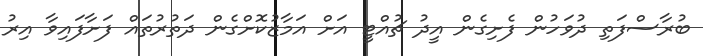
ބުރާސްފަތި ދުވަހުން ފެށިގެން އީދު ޗުއްޓީ އަށް އަމާޒުކޮށްގެން ދަތުރުތައް ފަށާފައިވާ އިރު